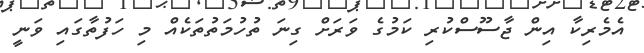
އެމެރިކާ އިން ޖާސޫސްކުރި ކަމުގެ ވަރަށް ގިނަ ތުހުމަތުތަކެއް މި ހަފުތާގައި ވަނީ